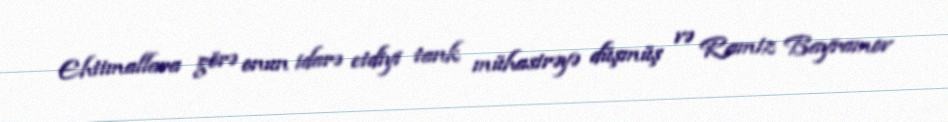
Ehtimallara görə onun idarə etdiyi tank mühasirəyə düşmüş və Ramiz Bayramov